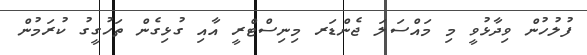
ފުލުހުން ވިދާޅުވީ މި މައްސަލަ ޖެންޑަރ މިނިސްޓްރީ އާއި ގުޅިގެން ތަހުގީގު ކުރަމުން